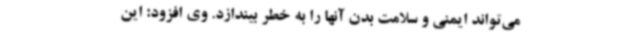
می‌تواند ایمنی و سلامت بدن آنها را به خطر بیندازد. وی افزود: این